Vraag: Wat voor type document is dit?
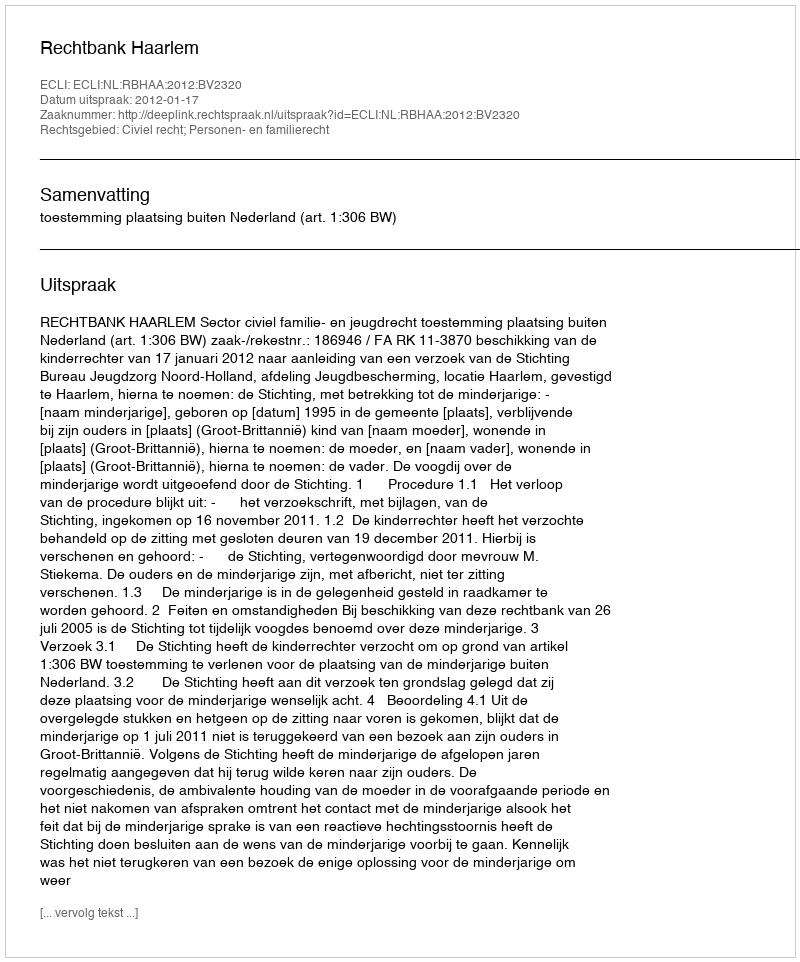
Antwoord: Uitspraak